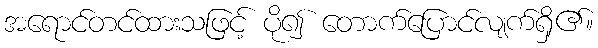
အရောင်တင်ထားသဖြင့် ပို၍ တောက်ပြောင်လျက်ရှိ၏။